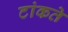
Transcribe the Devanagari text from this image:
टांकते